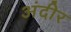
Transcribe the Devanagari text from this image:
अंदीर